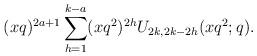
LaTeX: \begin{align*}(xq)^{2a+1}\sum_{h=1}^{k-a}(xq^2)^{2h}U_{2k,2k-2h}(xq^2;q).\end{align*}